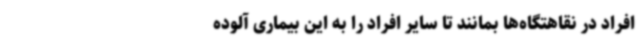
افراد در نقاهتگاه‌ها بمانند تا سایر افراد را به این بیماری آلوده